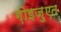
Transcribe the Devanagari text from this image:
ग़ोइज़ुएत